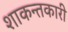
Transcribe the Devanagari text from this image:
शाकन्तकारी